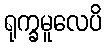
ရုက္ခမူလေပိ